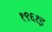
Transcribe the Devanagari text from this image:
१९६१इ